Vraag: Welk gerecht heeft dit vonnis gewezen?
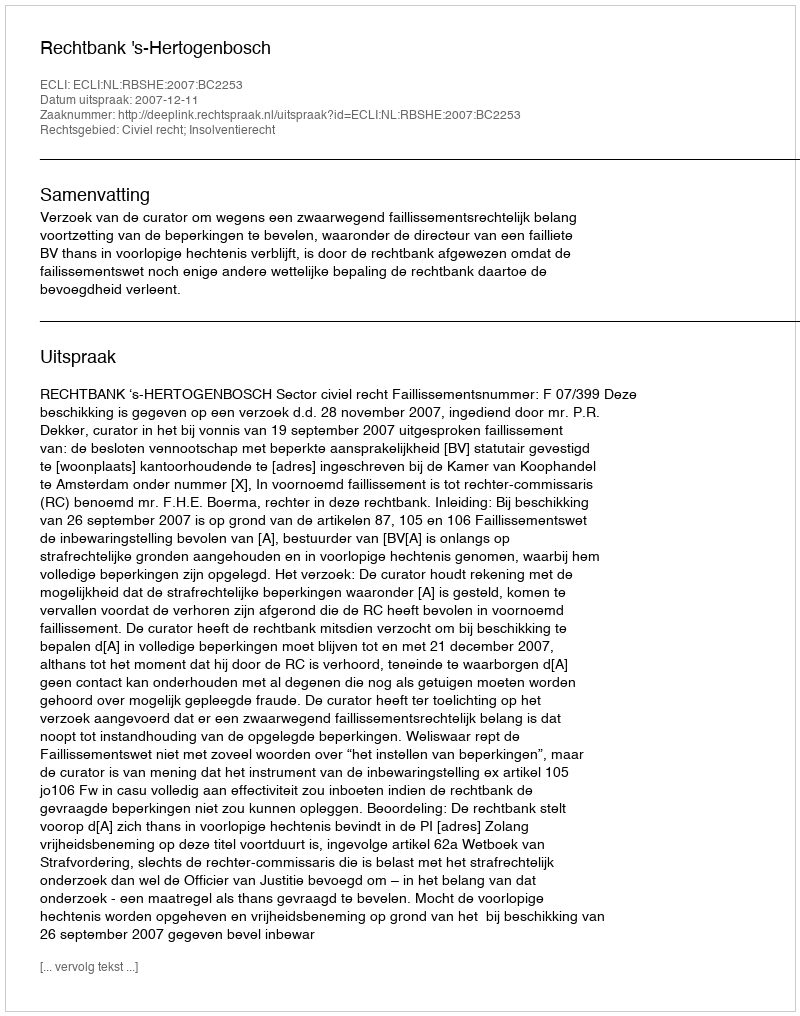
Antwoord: Rechtbank 's-Hertogenbosch